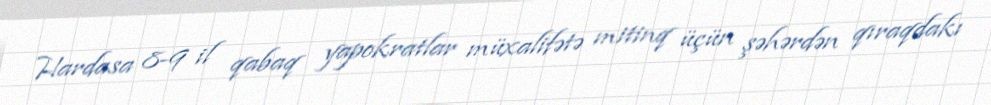
Hardasa 8-9 il qabaq yapokratlar müxalifətə mitinq üçün şəhərdən qıraqdakı